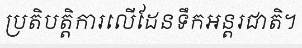
ប្រតិបត្តិការលើដែនទឹកអន្តរជាតិ។